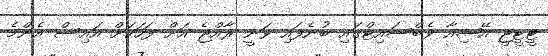
ޓީޓީޖީ އޭޝިއާ ވެބްސައިޓްގައި ބުނެފައި ވަނީ ރާއްޖެ އަށް ފަހަކަށް އައިސް އެންމެ